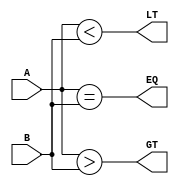
module unsigned_magnitude_comparator (
    input [7:0] A,
    input [7:0] B,
    output EQ,
    output LT,
    output GT
);

assign EQ = (A == B);
assign LT = (A < B);
assign GT = (A > B);

endmodule